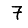
Digit: 7